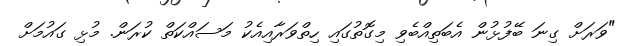
"ވަރަށް ގިނަ ބޭފުޅުން އެބަތިއްބެވި މިގޮތުގައި ހިތްވަރާއިއެކު މަސައްކަތް ކުރަން. މުޅި ގައުމަށް